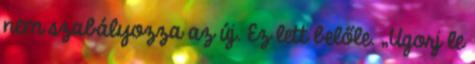
nem szabályozza az új. Ez lett belőle. „Ugorj le